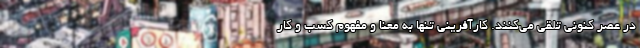
در عصر کنونی تلقی می‌کنند. کارآفرینی تنها به معنا و مفهوم کسب و کار